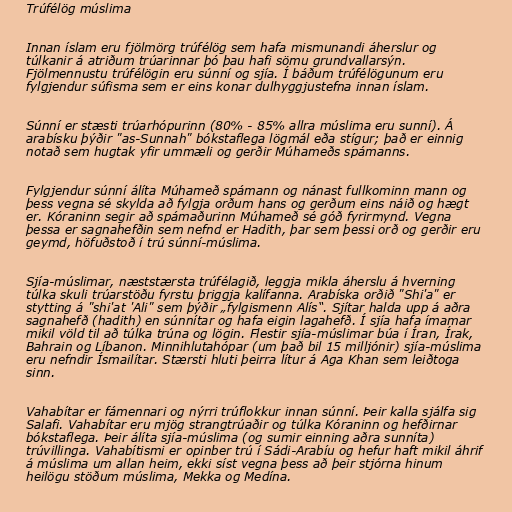
Trúfélög múslima

Innan íslam eru fjölmörg trúfélög sem hafa mismunandi áherslur og
túlkanir á atriðum trúarinnar þó þau hafi sömu grundvallarsýn.
Fjölmennustu trúfélögin eru súnní og sjía. Í báðum trúfélögunum eru
fylgjendur súfisma sem er eins konar dulhyggjustefna innan íslam.

Súnní er stæsti trúarhópurinn (80% - 85% allra múslima eru sunní). Á
arabísku þýðir "as-Sunnah" bókstaflega lögmál eða stígur; það er einnig
notað sem hugtak yfir ummæli og gerðir Múhameðs spámanns.

Fylgjendur súnní álíta Múhameð spámann og nánast fullkominn mann og
þess vegna sé skylda að fylgja orðum hans og gerðum eins náið og hægt
er. Kóraninn segir að spámaðurinn Múhameð sé góð fyrirmynd. Vegna
þessa er sagnahefðin sem nefnd er Hadith, þar sem þessi orð og gerðir eru
geymd, höfuðstoð í trú súnní-múslima.

Sjía-múslimar, næststærsta trúfélagið, leggja mikla áherslu á hverning
túlka skuli trúarstöðu fyrstu þriggja kalífanna. Arabíska orðið "Shi'a" er
stytting á "shi'at 'Ali" sem þýðir „fylgismenn Alís“. Sjítar halda upp á aðra
sagnahefð (hadith) en súnnítar og hafa eigin lagahefð. Í sjía hafa ímamar
mikil völd til að túlka trúna og lögin. Flestir sjía-múslimar búa í Íran, Írak,
Bahrain og Líbanon. Minnihlutahópar (um það bil 15 milljónir) sjía-múslima
eru nefndir Ísmailítar. Stærsti hluti þeirra lítur á Aga Khan sem leiðtoga
sinn.

Vahabítar er fámennari og nýrri trúflokkur innan súnní. Þeir kalla sjálfa sig
Salafi. Vahabítar eru mjög strangtrúaðir og túlka Kóraninn og hefðirnar
bókstaflega. Þeir álíta sjía-múslima (og sumir einning aðra sunníta)
trúvillinga. Vahabítismi er opinber trú í Sádi-Arabíu og hefur haft mikil áhrif
á múslima um allan heim, ekki síst vegna þess að þeir stjórna hinum
heilögu stöðum múslima, Mekka og Medína.